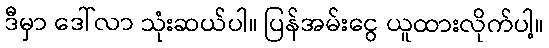
ဒီမှာ ဒေါ်လာ သုံးဆယ်ပါ။ ပြန်အမ်းငွေ ယူထားလိုက်ပါ့။